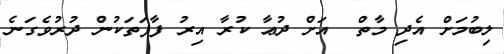
ލިބުމަށް އެދި މާތް  އަށް ދުޢާ ކުރާ އިރު ފާފަތަކުން ދުރުވެގަނެ